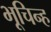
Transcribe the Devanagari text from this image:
भूचिन्ह